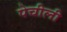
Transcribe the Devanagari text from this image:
पेचीली